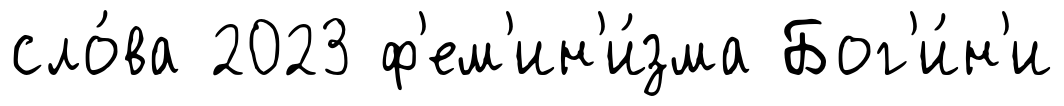
сло́ва 2023 ф'ем'ин'и́зма Бог'и́н'и